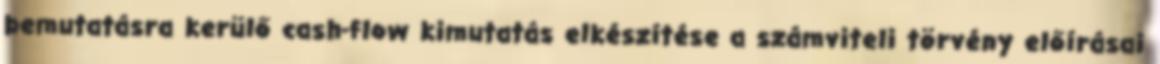
bemutatásra kerülő cash-flow kimutatás elkészítése a számviteli törvény előírásai